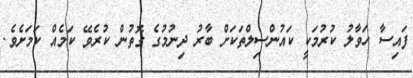
ފައިސާ ހަވާލު ކުރުމަކީ ކައުންސިލްތަކަށް ބާރު ދިނުމުގެ ގޮތުން ކުރެވޭ ކަމެއް ކަމަށެވެ.